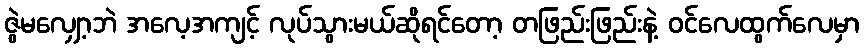
ဇွဲမလျှော့ဘဲ အလေ့အကျင့် လုပ်သွားမယ်ဆိုရင်တော့ တဖြည်းဖြည်းနဲ့ ဝင်လေထွက်လေမှာ